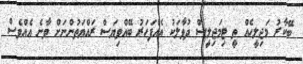
ބޭކާރު މަޖިލީހެއް ތީ ޓިމަޖިލީސް ދުވާލަކު އެއްފަހަރު ބޭއްވިޔަސް ރައްޔަތުންނަށް ވާނެ އެއްވެސް